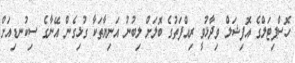
ހޮސްޕިޓަލްގެ އޮފިޝަލް ވިދާޅުވީ ރިއްފަތުގެ ބޮލަށް ލިބުނު އަނިޔާތަކާ ގުޅިގެން އޭނާގެ ސިކުނޑިއަށް